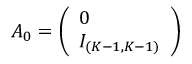
A _ { 0 } = \left( \begin{array} { l } { 0 } \\ { I _ { ( K - 1 , K - 1 ) } } \end{array} \right)